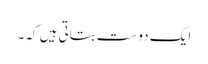
ایک دوست بتاتی ہیں کہ۔